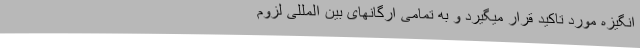
انگیزه مورد تاکید قرار میگیرد و به تمامی ارگانهای بین المللی لزوم